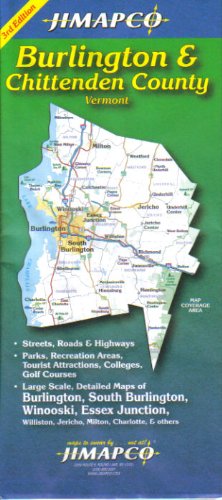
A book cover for Burlington & Chittendon County Vermont; JIMAPCO; Travel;